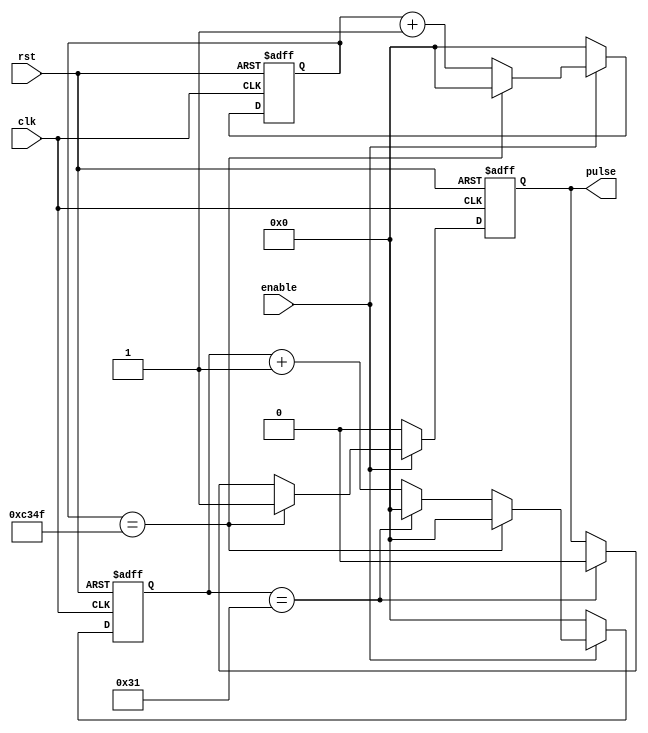
module DutyCyclePulseGenerator (
    input wire clk,
    input wire rst,
    input wire enable,
    output reg pulse
);

reg [15:0] count;
reg [15:0] dutyCount;

parameter DUTY_CYCLE = 50; // 50% duty cycle
parameter PERIOD = 50000; // 50,000 cycles for 1ms period

always @(posedge clk or posedge rst) begin
    if (rst) begin
        count <= 16'b0;
        dutyCount <= 16'b0;
        pulse <= 1'b0;
    end else if (enable) begin
        count <= count + 1;
        if (count == PERIOD - 1) begin
            count <= 16'b0;
            dutyCount <= 16'b0;
            pulse <= 1'b1;
        end else if (dutyCount == DUTY_CYCLE - 1) begin
            pulse <= 1'b0;
            dutyCount <= 16'b0;
        end else begin
            dutyCount <= dutyCount + 1;
        end
    end else begin
        count <= 16'b0;
        dutyCount <= 16'b0;
        pulse <= 1'b0;
    end
end

endmodule